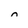
Character: 0